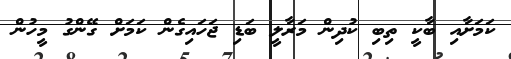
ކަމަށާއި ބާކީ ތިބި ކުދިން މަރާލީ ބަޑި ޖަހައިގެން ކަމަށް ގޭންގު މީހުން